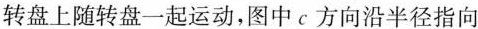
转盘上随转盘一起运动，图中c方向沿半径指向